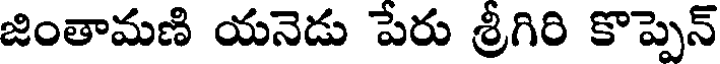
జింతామణి యనెడు పేరు శ్రీగిరి కొప్పెన్